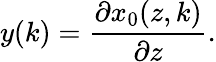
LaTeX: y(k)=\frac{\partial x_{0}(z,k)}{\partial z}.